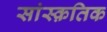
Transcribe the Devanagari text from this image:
सांस्‍क़तिक